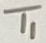
Text: T1